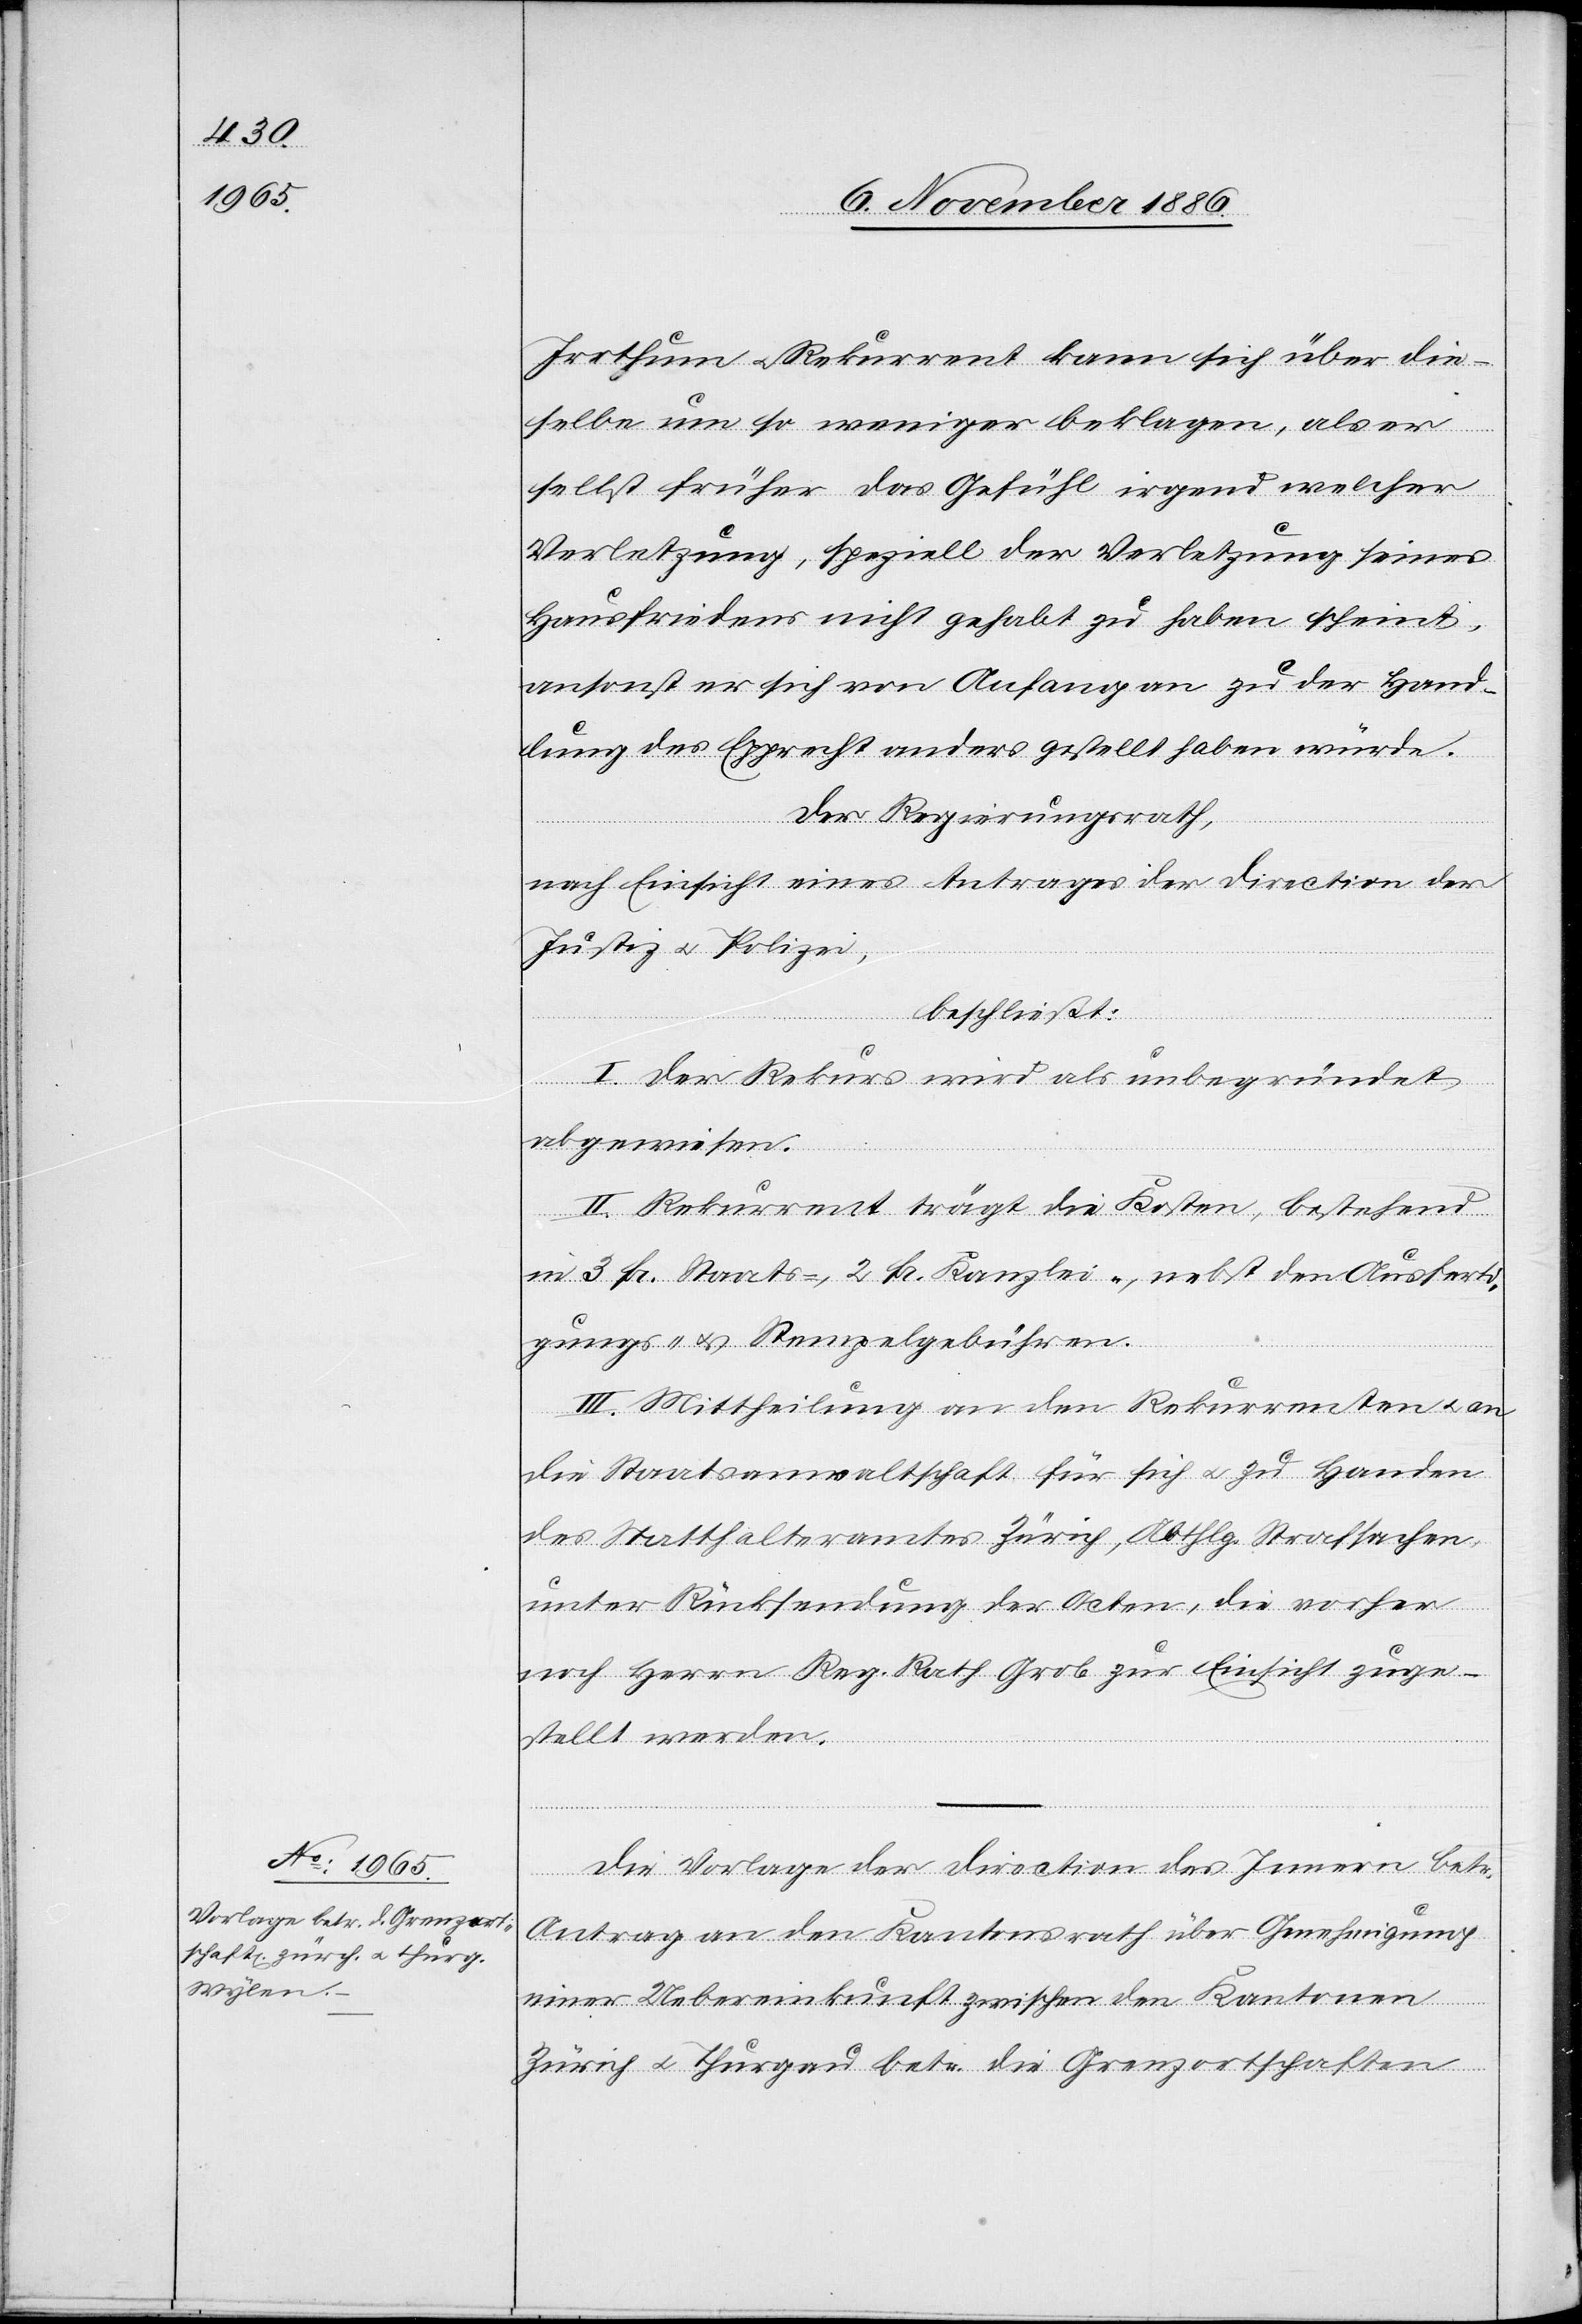
Irrthum & Rekurrent kann sich über die¬
selbe um so weniger beklagen, als er
selbst früher das Gefühl irgend welcher
Verletzung, speziell der Verletzung seines
Hausfriedens nicht gehabt zu haben scheint,
ansonst er sich von Anfang an zu der Hand¬
lung des Epprecht anders gestellt haben würde.
Der Regierungsrath,
nach Einsicht eines Antrages der Direction der
Justiz & Polizei,
beschließt:
I. Der Rekurs wird als unbegründet
abgewiesen.
II. Rekurrent trägt die Kosten, bestehend
in 3 Fr. Staats-, 2 Fr. Kanzlei-, nebst den Ausferti¬
gungs- & Stempelgebühren.
III. Mittheilung an den Rekurrenten & an
die Staatsanwaltschaft für sich & zu Handen
des Statthalteramtes Zürich, Abthlg. Strafsachen,
unter Rücksendung der Acten, die vorher
noch Herrn Reg. Rath Grob zur Einsicht zuge¬
stellt werden.
Die Vorlage der Direction des Innern betr.
Antrag an den Kantonsrath über Genehmigung
einer Uebereinkunft zwischen den Kantonen
Zürich & Thurgau betr. die Grenzortschaften